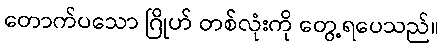
တောက်ပသော ဂြိုဟ် တစ်လုံးကို တွေ့ရပေသည်။